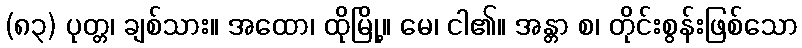
(၈၃) ပုတ္တ၊ ချစ်သား။ အထော၊ ထိုမြို့။ မေ၊ ငါ၏။ အန္တာ စ၊ တိုင်းစွန်းဖြစ်သော